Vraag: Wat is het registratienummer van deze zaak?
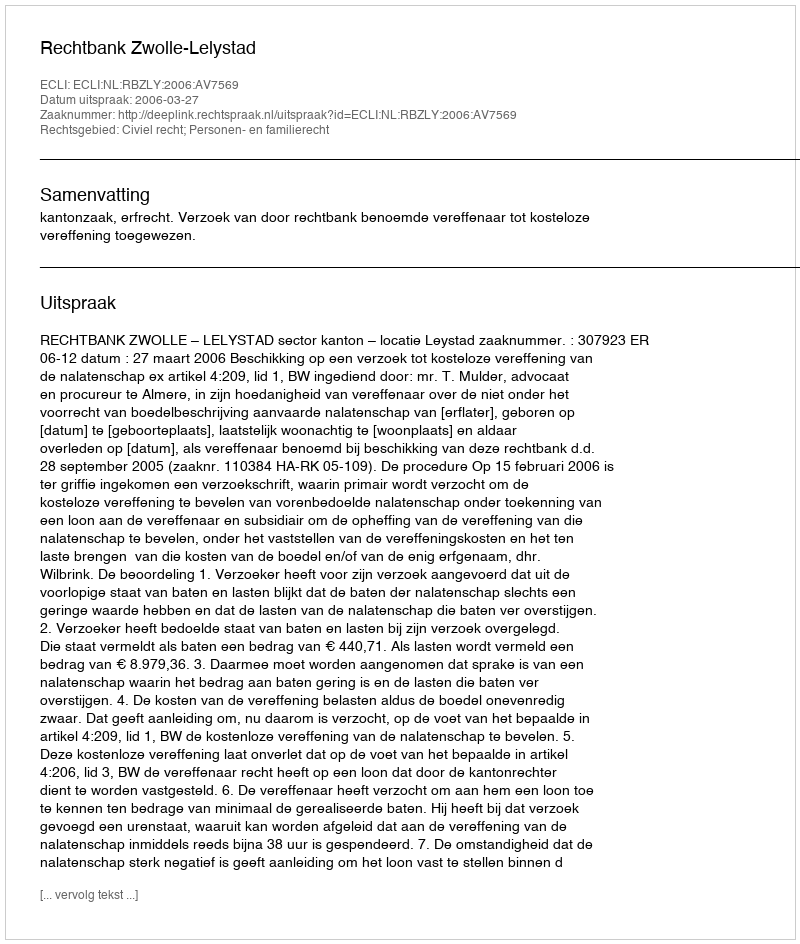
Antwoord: http://deeplink.rechtspraak.nl/uitspraak?id=ECLI:NL:RBZLY:2006:AV7569